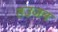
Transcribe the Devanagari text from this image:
तउजन